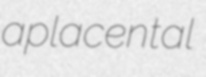
aplacental